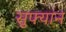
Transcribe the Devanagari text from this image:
सुफ्यान